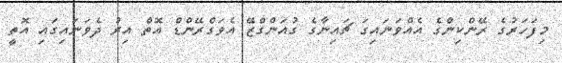
މިފަހަރުގެ ރޭންކިންގެ އެއްވަނައިގަ ޗައިނާގެ ގުއަންގްޒޭ އެވަގްރޭންޑް އޮތް އިރު ދެވަނައިގައި އޮތީ